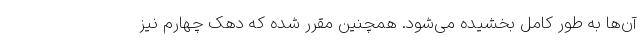
آن‌ها به طور کامل بخشیده می‌شود. همچنین مقرر شده که دهک چهارم نیز